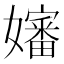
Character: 嬸